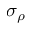
\sigma _ { \rho }